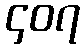
၄၀၇